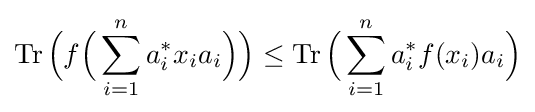
\operatorname {Tr} {\Bigl (}f{\Bigl (}\sum _{i=1}^{n}a_{i}^{*}x_{i}a_{i}{\Bigr )}{\Bigr )}\leq \operatorname {Tr} {\Bigl (}\sum _{i=1}^{n}a_{i}^{*}f(x_{i})a_{i}{\Bigr )}